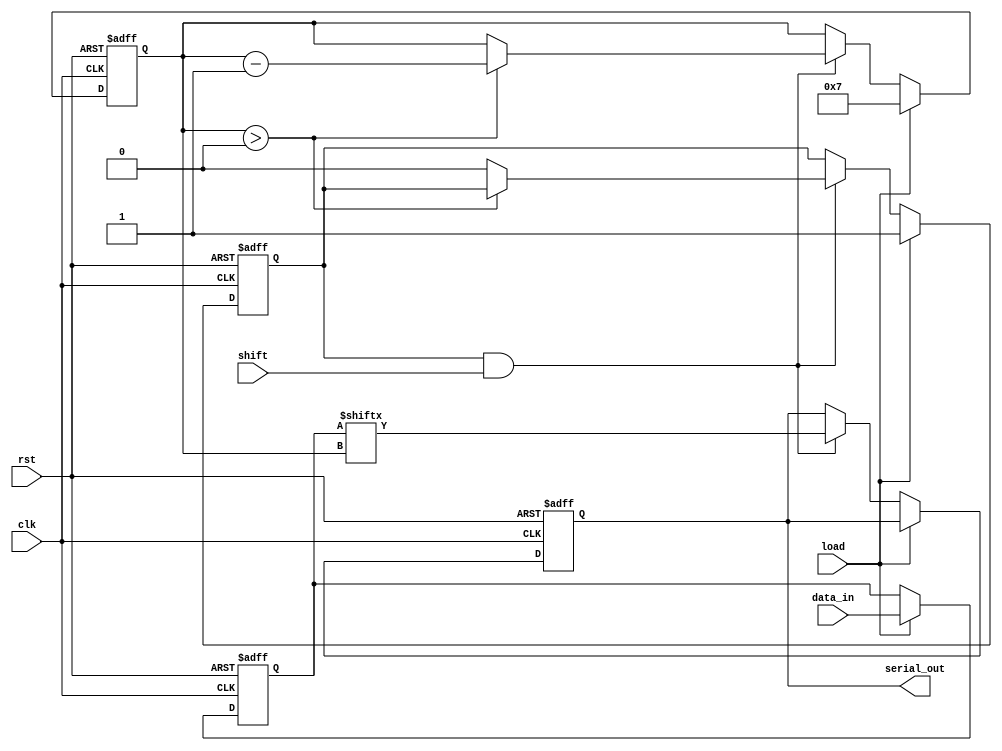
module PISO_Register #(
    parameter n = 8 // Number of parallel channels (bits)
)(
    input wire [n-1:0] data_in,   // Parallel data input
    input wire load,               // Load control signal
    input wire shift,              // Shift control signal
    input wire clk,                // Clock signal
    input wire rst,                // Reset signal
    output reg serial_out          // Serial output
);

    reg [n-1:0] shift_reg;         // Shift register to hold the data
    reg [3:0] bit_index;           // Index for shifting out bits
    reg shifting;                  // State to indicate if shifting is in process

    always @(posedge clk or posedge rst) begin
        if (rst) begin
            shift_reg <= 0;        // Clear the shift register on reset
            serial_out <= 0;       // Clear the serial output
            bit_index <= 0;        // Reset bit index
            shifting <= 0;         // Reset shifting state
        end else if (load) begin
            shift_reg <= data_in;  // Load parallel data into shift register
            bit_index <= n - 1;     // Start shifting from the MSB
            shifting <= 1;          // Set shifting state
        end else if (shifting && shift) begin
            serial_out <= shift_reg[bit_index]; // Output the current bit
            if (bit_index > 0) begin
                bit_index <= bit_index - 1; // Decrement bit index
            end else begin
                shifting <= 0; // Stop shifting when done
            end
        end
    end

endmodule